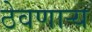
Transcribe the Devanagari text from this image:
ठेवणाऱ्य